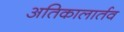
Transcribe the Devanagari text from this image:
अतिकालार्तव